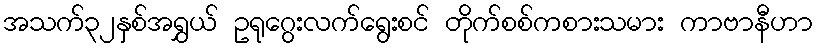
အသက်၃၂နှစ်အရွှယ် ဥရုဂွေးလက်ရွေးစင် တိုက်စစ်ကစားသမား ကာဗာနီဟာ